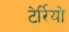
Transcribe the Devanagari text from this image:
टेर्रियो